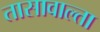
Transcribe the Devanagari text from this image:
तासावाल्ता